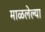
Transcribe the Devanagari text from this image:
माळलेल्या